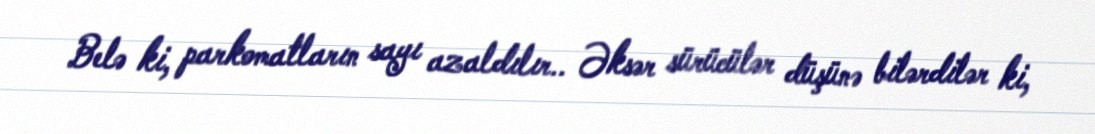
Belə ki, parkomatların sayı azaldılır.. Əksər sürücülər düşünə bilərdilər ki,